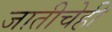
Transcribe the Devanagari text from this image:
जातीचेही